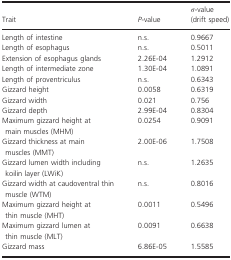
| Trait | P-value | σ-value (drift speed) |
 | --- | --- | --- |
 | Length of intestine | n.s. | 0.9667 |
 | Length of esophagus | n.s. | 0.5011 |
 | Extension of esophagus glands | 2.26E-04 | 1.2912 |
 | Length of intermediate zone | 1.30E-04 | 1.0891 |
 | Length of proventriculus | n.s. | 0.6343 |
 | Gizzard height | 0.0058 | 0.6319 |
 | Gizzard width | 0.021 | 0.756 |
 | Gizzard depth | 2.99E-04 | 0.8304 |
 | Maximum gizzard height at main muscles (MHM) | 0.0254 | 0.9091 |
 | Gizzard thickness at main muscles (MMT) | 2.00E-06 | 1.7508 |
 | Gizzard lumen width including koilin layer (LWiK) | n.s. | 1.2635 |
 | Gizzard width at caudoventral thin muscle (WTM) | n.s. | 0.8016 |
 | Maximum gizzard height at thin muscle (MHT) | 0.0011 | 0.5496 |
 | Maximum gizzard lumen at thin muscle (MLT) | 0.0091 | 0.6638 |
 | Gizzard mass | 6.86E-05 | 1.5585 |